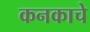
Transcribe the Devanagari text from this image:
कनकाचे